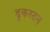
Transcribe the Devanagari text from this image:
डुकस्टन